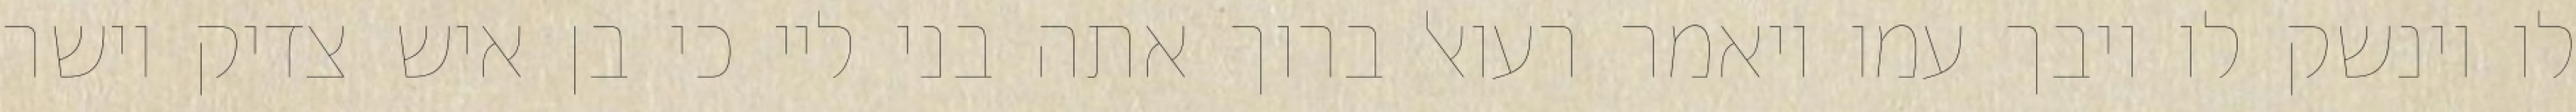
לו וינשק לו ויבך עמו ויאמר רעואל ברוך אתה בני ליי כי בן איש צדיק וישר